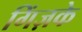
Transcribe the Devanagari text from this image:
गिंज़के